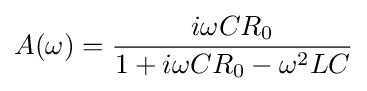
A(\omega )={\frac {i\omega CR_{0}}{1+i\omega CR_{0}-\omega ^{2}LC}}